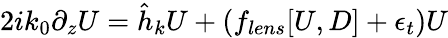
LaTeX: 2ik_{0}\partial_{z}U=\hat{h}_{k}U+(f_{lens}[U,D]+\epsilon_{t})U